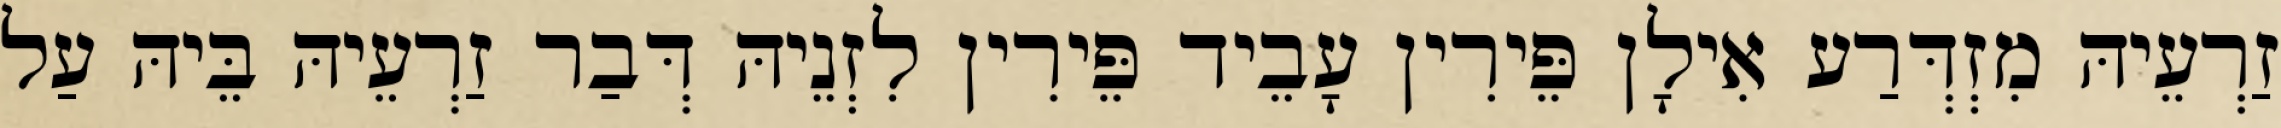
זַרְעֵיהּ מִזְדְּרַע אִילָן פֵּירִין עָבֵיד פֵּירִין לִזְנֵיהּ דְּבַר זַרְעֵיהּ בֵּיהּ עַל